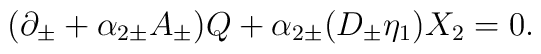
(\partial_{\pm} + \alpha_{2\pm} A_{\pm}) Q+ \alpha_{2\pm} (D_{\pm}\eta_1) X_2 =0.